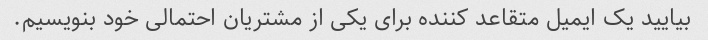
بیایید یک ایمیل متقاعد کننده برای یکی از مشتریان احتمالی خود بنویسیم.